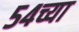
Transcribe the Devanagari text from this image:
५४च्या